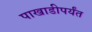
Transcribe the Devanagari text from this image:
पाखाडीपर्यंत